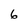
Character: 6